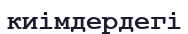
киімдердегі